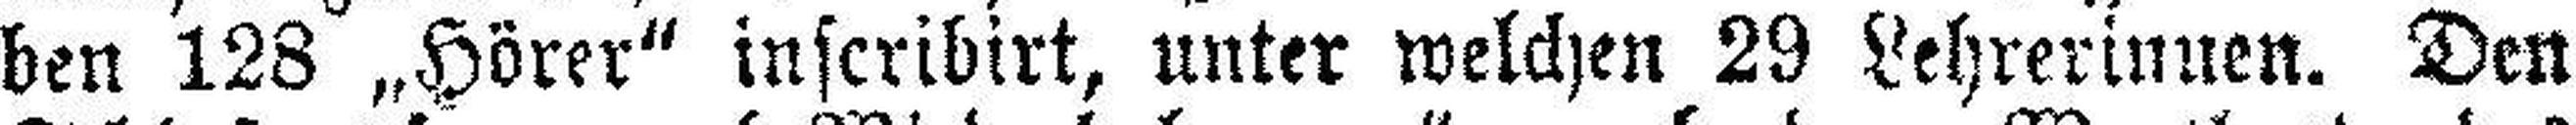
ben 128 „Hörer“ inscribirt, unter welchen 29 Lehrerinnen. Den